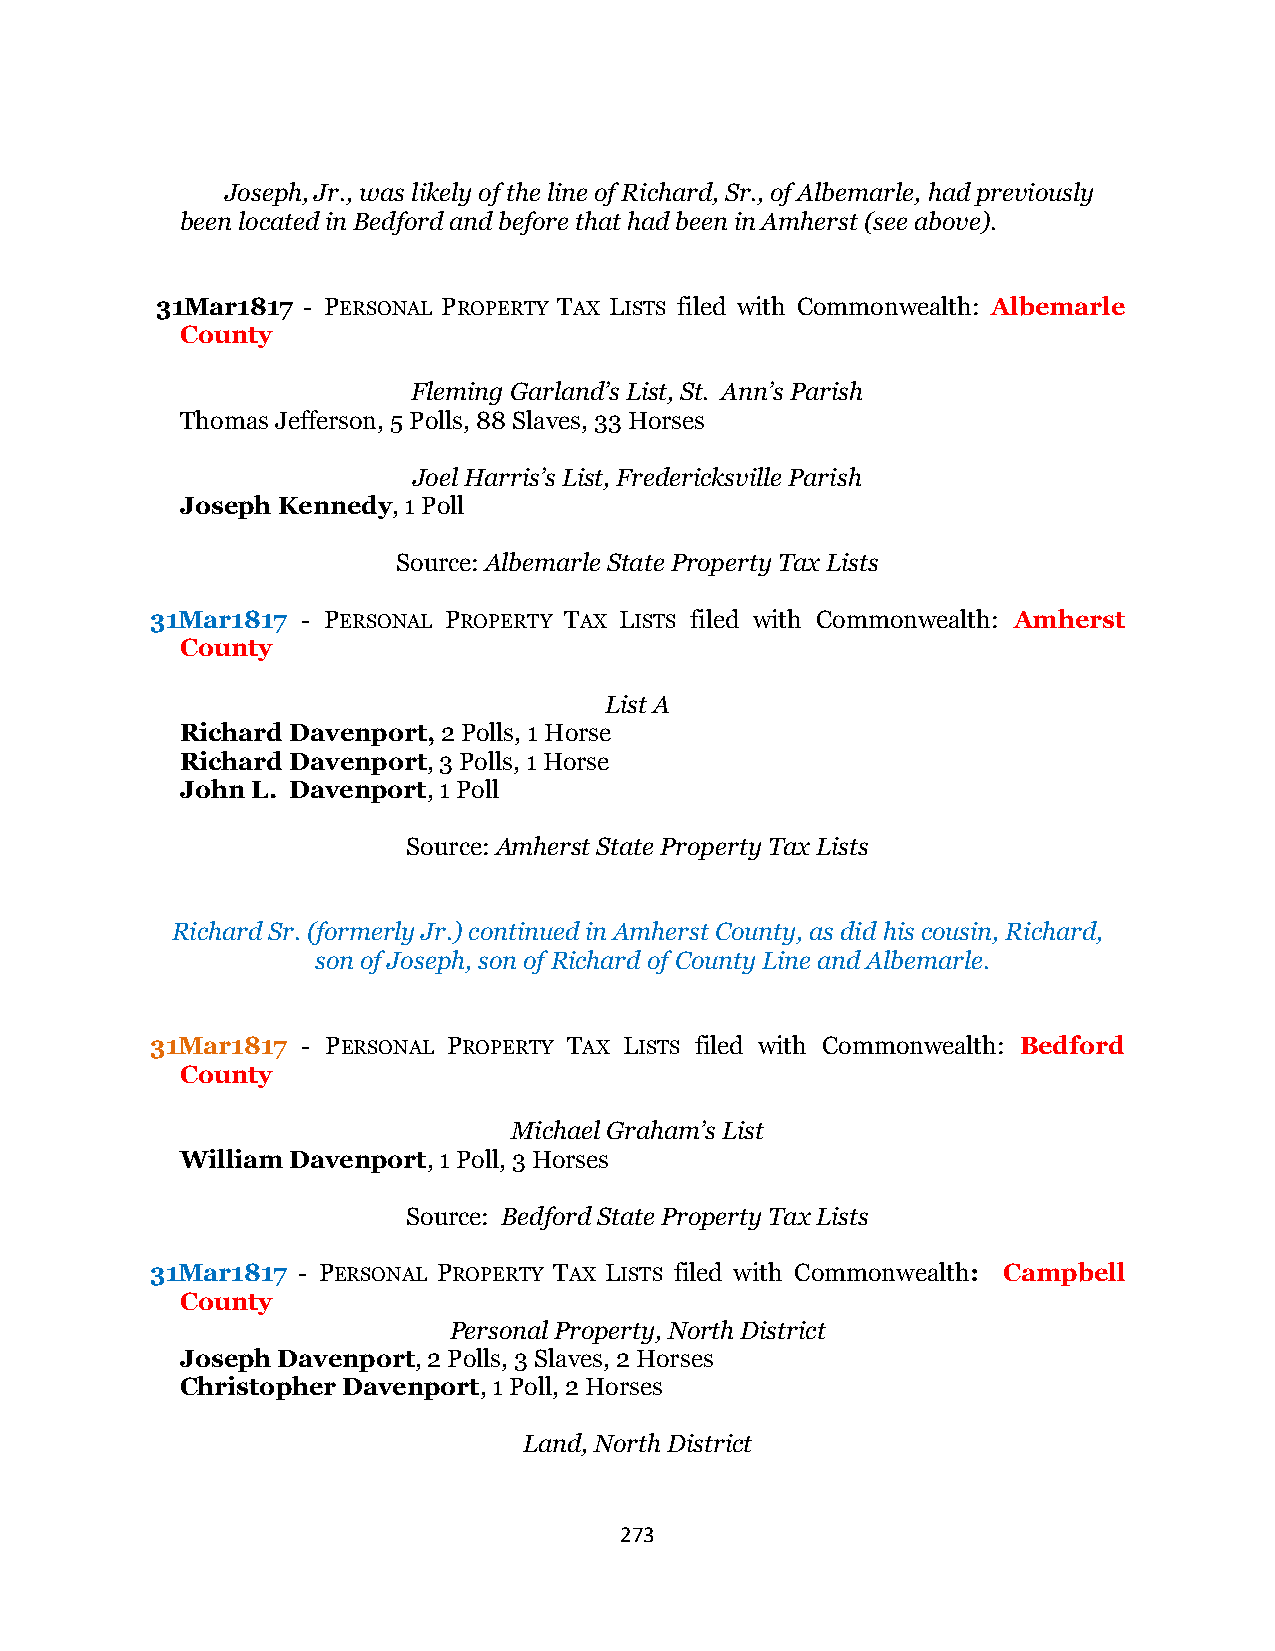
Joseph, Jr., was likely of the line of Richard, Sr., of Albemarle, had previously
 been located in Bedford and before that had been in Amherst (see above).
 31Mar1817 - PERSONAL PROPERTY TAX LISTS filed with Commonwealth: Albemarle
 County
 Fleming Garland’s List, St. Ann’s Parish
 Thomas Jefferson, 5 Polls, 88 Slaves, 33 Horses
 Joel Harris’s List, Fredericksville Parish
 Joseph Kennedy, 1 Poll
 Source: Albemarle State Property Tax Lists
 31Mar1817 - PERSONAL PROPERTY TAX LISTS filed with Commonwealth: Amherst
 County
 List A
 Richard Davenport, 2 Polls, 1 Horse
 Richard Davenport, 3 Polls, 1 Horse
 John L. Davenport, 1 Poll
 Source: Amherst State Property Tax Lists
 Richard Sr. (formerly Jr.) continued in Amherst County, as did his cousin, Richard,
 son of Joseph, son of Richard of County Line and Albemarle.
 31Mar1817 - PERSONAL PROPERTY TAX LISTS filed with Commonwealth: Bedford
 County
 Michael Graham’s List
 William Davenport, 1 Poll, 3 Horses
 Source: Bedford State Property Tax Lists
 31Mar1817 - PERSONAL PROPERTY TAX LISTS filed with Commonwealth: Campbell
 County
 Personal Property, North District
 Joseph Davenport, 2 Polls, 3 Slaves, 2 Horses
 Christopher Davenport, 1 Poll, 2 Horses
 Land, North District
 273